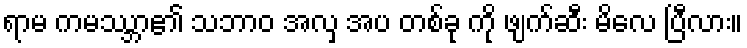
ရာမ ကမဿ္ဘာ၏ သဘာဝ အလှ အပ တစ်ခု ကို ဖျက်ဆီး မိလေ ပြီလား။